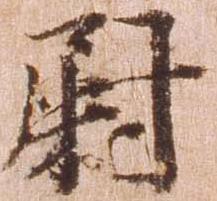
尉